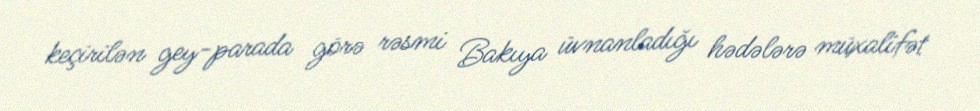
keçirilən gey-parada görə rəsmi Bakıya üvnanladığı hədələrə müxalifət